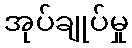
အုပ်ချုပ်မှု